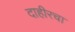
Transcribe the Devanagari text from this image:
दाहीरचा